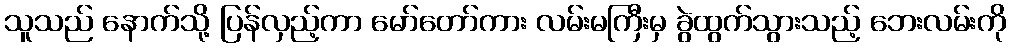
သူသည် နောက်သို့ ပြန်လှည့်ကာ မော်တော်ကား လမ်းမကြီးမှ ခွဲထွက်သွားသည့် ဘေးလမ်းကို